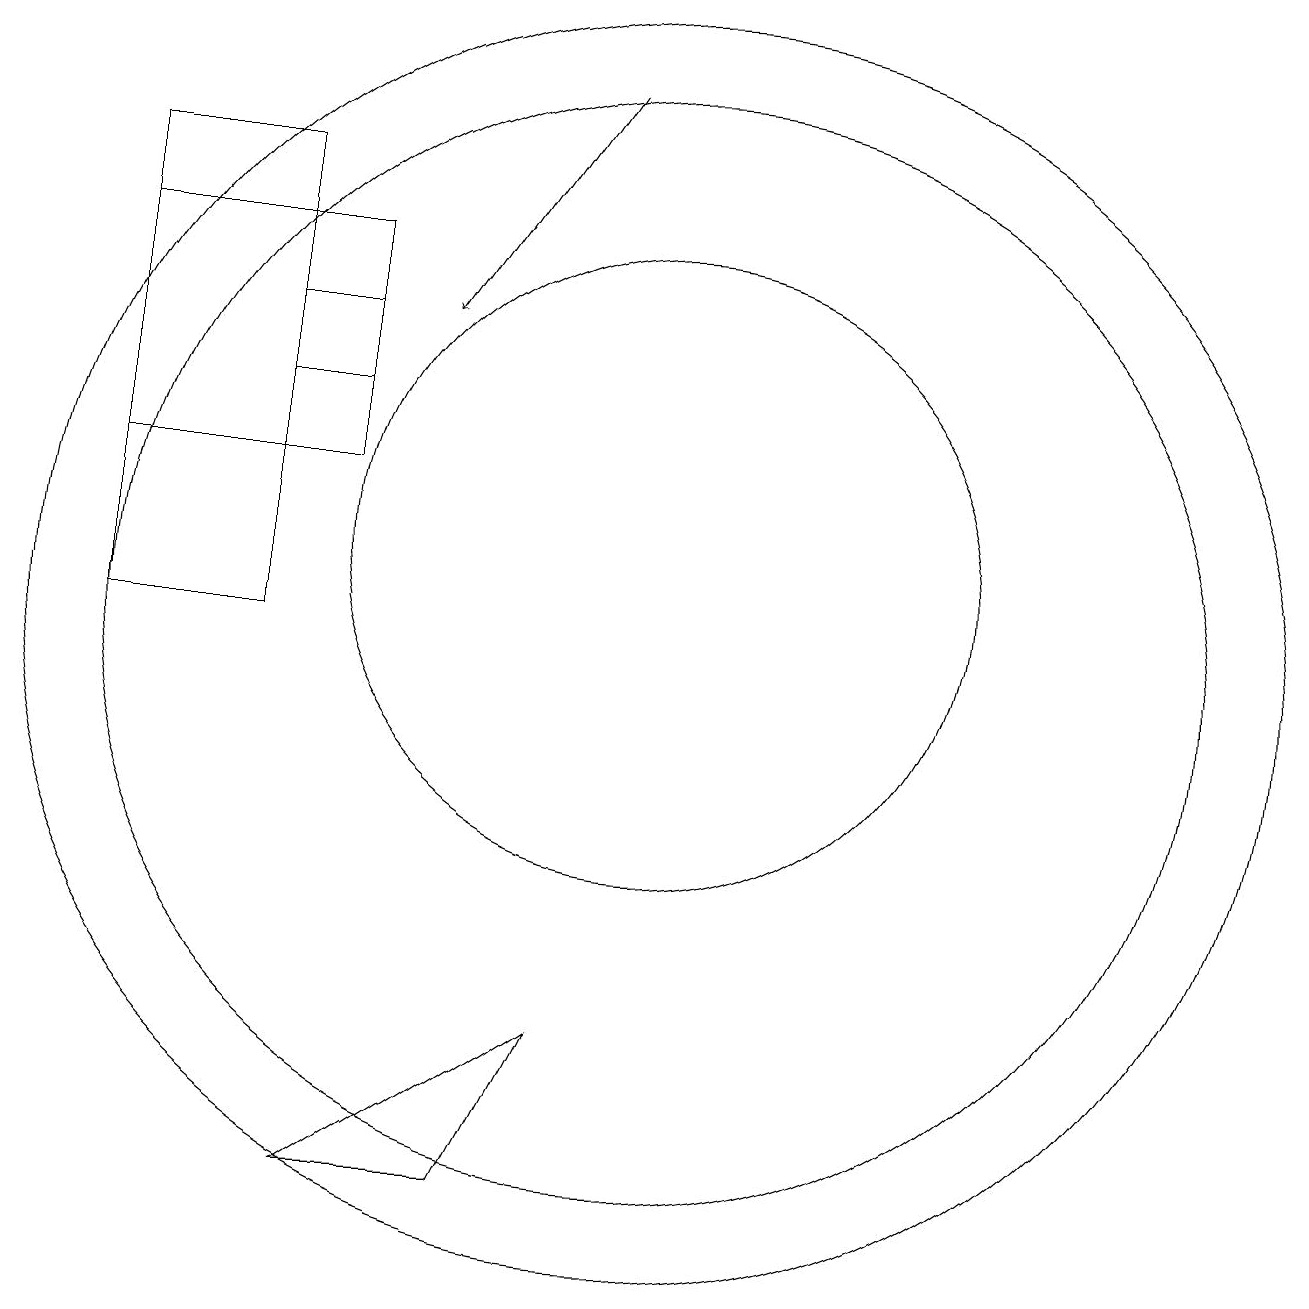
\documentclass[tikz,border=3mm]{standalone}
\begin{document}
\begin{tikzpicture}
\draw (10,11) circle (8);
\draw (10,12) circle (4);
\draw (10,11) circle (7);
\draw (5,15) rectangle (6,14);
\draw (3,11) rectangle (5,17);
\draw (8,4) -- (9,6) -- (6,4) -- cycle;
\draw[->] (9,18) -- (7,15);
\draw (3,13) rectangle (6,16);
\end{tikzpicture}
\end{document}